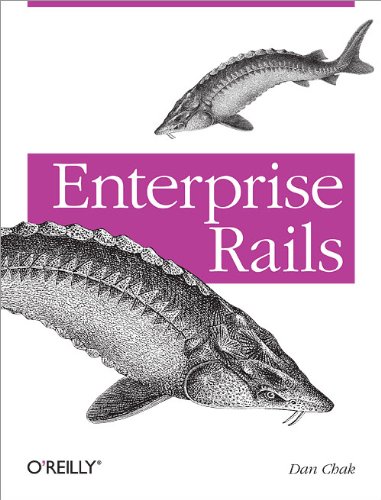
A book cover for Enterprise Rails; Dan Chak; Computers & Technology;